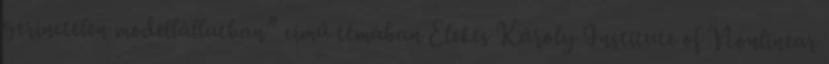
gerinctelen modellállatban” című témában Elekes Károly Institute of Nonlinear